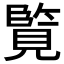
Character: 𮗘